Civil Veterinary Dept. Assam report 1911-1927 - 1911-1927
Year: 1911
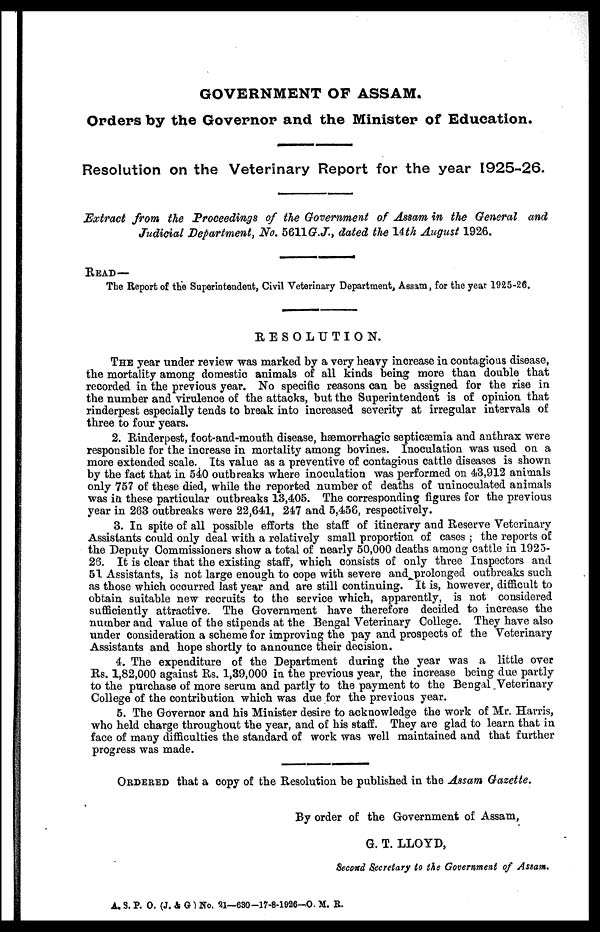
GOVERNMENT OF ASSAM.
Orders by the Governor and the Minister of Education.
Resolution on the Veterinary Report for the year 1925-26.
Extract from the Proceedings of the Government of Assam in the General and
Judicial Department, No. 5611 G.J, dated the 14th August 1926.
READ—
The Report of the Superintendent, Civil Veterinary Department, Assam, for the year 1925-26.
RESOLUTION.
THE year under review was marked by a very heavy increase in contagious disease,
the mortality among domestic animals of all kinds being more than double that
recorded in the previous year. No specific reasons can be assigned for the rise in
the number and virulence of the attacks, but the Superintendent is of opinion that
rinderpest especially tends to break into increased severity at irregular intervals of
three to four years.
2. Rinderpest, foot-and-mouth disease, hæmorrhagic septicæmia and anthrax were
responsible for the increase in mortality among bovines. Inoculation was used on a
more extended scale. Its value as a preventive of contagious cattle diseases is shown
by the fact that in 540 outbreaks where inoculation was performed on 43,912 animals
only 757 of these died, while the reported number of deaths of uninoculated animals
was in these particular outbreaks 13,405. The corresponding figures for the previous
year in 263 outbreaks were 22,641, 247 and 5,456, respectively.
3. In spite of all possible efforts the staff of itinerary and Reserve Veterinary
Assistants could only deal with a relatively small proportion of cases ; the reports of
the Deputy Commissioners show a total of nearly 50,000 deaths among cattle in 1925-
26. It is clear that the existing staff, which consists of only three Inspectors and
51 Assistants, is not large enough to cope with severe and prolonged outbreaks such
as those which occurred last year and are still continuing. It is, however, difficult to
obtain suitable new recruits to the service which, apparently, is not considered
sufficiently attractive. The Government have therefore decided to increase the
number and value of the stipends at the Bengal Veterinary College. They have also
under consideration a scheme for improving the pay and prospects of the Veterinary
Assistants and hope shortly to announce their decision.
4. The expenditure of the Department during the year was a little over
Rs. 1,82,000 against Rs. 1,39,000 in the previous year, the increase being due partly
to the purchase of more serum and partly to the payment to the Bengal Veterinary
College of the contribution which was due for the previous year.
5. The Governor and his Minister desire to acknowledge the work of Mr. Harris,
who held charge throughout the year, and of his staff. They are glad to learn that in
face of many difficulties the standard of work was well maintained and that further
progress was made.
ORDERED that a copy of the Resolution be published in the Assam Gazette.
By order of the Government of Assam,
G. T. LLOYD,
Second Secretary to the Government of Assam.
A. S. P. O. (J. & G) No. 21—630-17-8-1926-O. M. R.